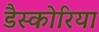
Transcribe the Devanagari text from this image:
डैस्कोरिया